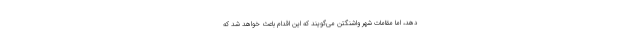
دهد، اما مقامات شهر واشنگتن می‌گویند که این اقدام باعث خواهد شد که